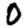
Digit: 0